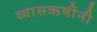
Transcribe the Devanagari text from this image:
व्यासऋषींनी